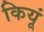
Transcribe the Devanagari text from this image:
कियूं